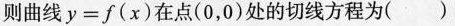
则曲线y=f(x)在点(0，0)处的切线方程为()A.y=-2x B.y=-xC.y=2x D.y=x